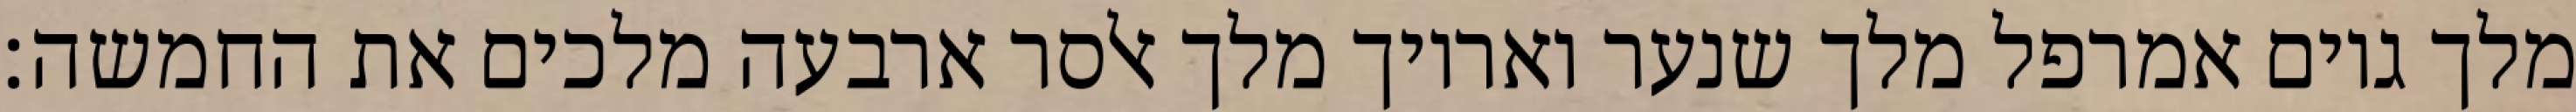
מלך גוים אמרפל מלך שנער ואריוך מלך אלסר ארבעה מלכים את החמשה׃